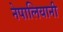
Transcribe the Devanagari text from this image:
नेपालियानी